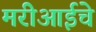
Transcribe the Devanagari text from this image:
मरीआईचे